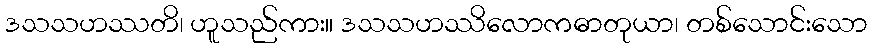
ဒသသဟဿတိ၊ ဟူသည်ကား။ ဒသသဟဿိလောကဓာတုယာ၊ တစ်သောင်းသော